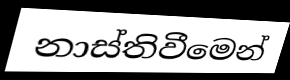
නාස්තිවීමෙන්